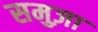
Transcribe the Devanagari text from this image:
समुज़ा